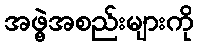
အဖွဲ့အစည်းများကို